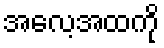
အလေ့အထကို